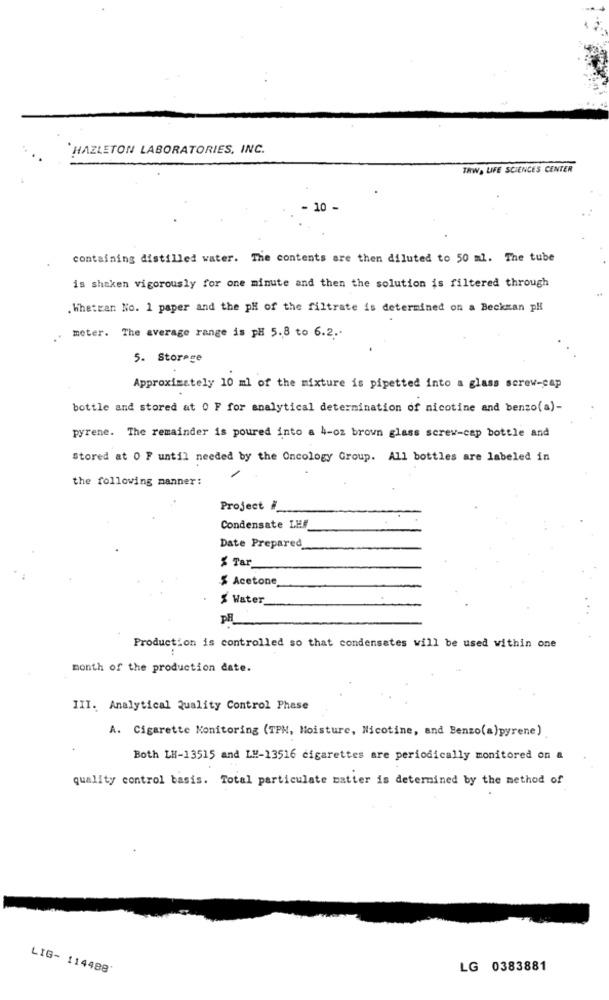
HAZLETON LABORATORIES, INC.
TRWA LIFE SCIENCES CENTER
- 10 -
containing distilled water. The contents are then diluted to 50 ml. The tube
is shaken vigorously for one minute and then the solution is filtered through
. Whatcan No. 1 paper and the pH of the filtrate is determined on a Beckman pH
meter. The average range is pH 5.8 to 6.2 ..
5. Storage
Approximately 10 ml of the mixture is pipetted into a glass screw-cap
bottle and stored at 0 F for analytical determination of nicotine and benzo(a)-
pyrene. The remainder is poured into a 4-oz brown glass screw-cap bottle and
Stored at 0 F until needed by the Oncology Group. All bottles are labeled in
the following manner:
Project #
Condensate LEF
Date Prepared
$ Tar
$ Acetone
Water
PH
Production is controlled so that condensates will be used within one
month of the production date.
III. Analytical Quality Control Phase
A. Cigarette Monitoring (TPM, Moisture, Nicotine, and Benzo(a)pyrene)
Both LH-13515 and LM-13516 cigarettes are periodically monitored on &
quality control basis. Total particulate matter is determined by the method of
LIG- 114488
LG 0383881